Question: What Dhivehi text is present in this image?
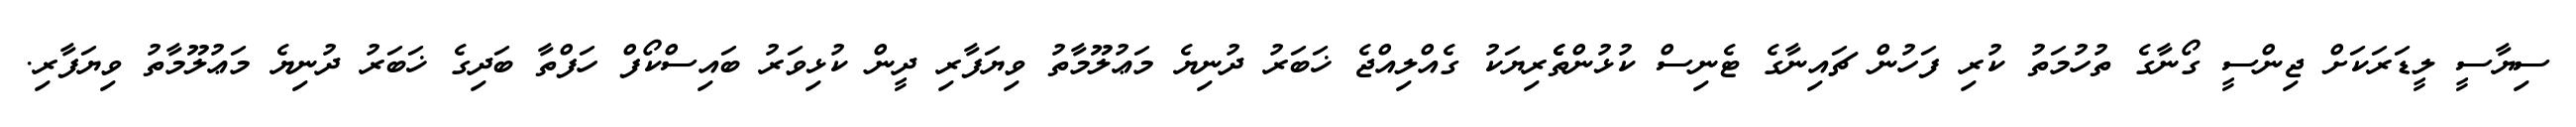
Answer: ސިޔާސީ ލީޑަރަކަށް ޖިންސީ ގޯނާގެ ތުހުމަތު ކުރި ފަހުން ޗައިނާގެ ޓެނިސް ކުޅުންތެެރިޔަކު ގެއްލިއްޖެ ޚަބަރު ދުނިޔެ މަޢުލޫމާތު ވިޔަފާރި ދީން ކުޅިވަރު ބައިސްކޯފް ހަފްތާ ބަދިގެ ޚަބަރު ދުނިޔެ މަޢުލޫމާތު ވިޔަފާރި.